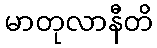
မာတုလာနီတိ